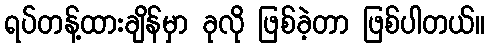
ရပ်တန့်ထားချိန်မှာ ခုလို ဖြစ်ခဲ့တာ ဖြစ်ပါတယ်။